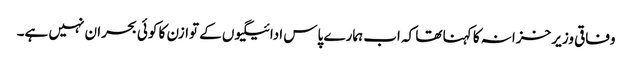
وفاقی وزیر خزانہ کا کہنا تھا کہ اب ہمارے پاس ادائیگیوں کے توازن کا کوئی بحران نہیں ہے۔